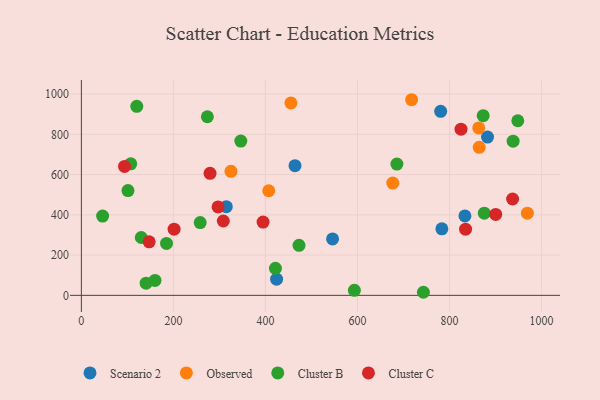
{"axis": {"x": "Investment", "y": "Rating"}, "legend": ["Cluster B", "Cluster C", "Observed", "Scenario 2"], "data": [{"x": "464.2", "y": 644.4, "type": "Scenario 2"}, {"x": "314.9", "y": 440.5, "type": "Scenario 2"}, {"x": "783.3", "y": 330.4, "type": "Scenario 2"}, {"x": "882.5", "y": 786.4, "type": "Scenario 2"}, {"x": "833.4", "y": 394.8, "type": "Scenario 2"}, {"x": "424.2", "y": 80.2, "type": "Scenario 2"}, {"x": "545.8", "y": 280.3, "type": "Scenario 2"}, {"x": "780.7", "y": 914.0, "type": "Scenario 2"}, {"x": "407.1", "y": 519.7, "type": "Observed"}, {"x": "676.6", "y": 557.8, "type": "Observed"}, {"x": "325.0", "y": 615.9, "type": "Observed"}, {"x": "455.3", "y": 956.0, "type": "Observed"}, {"x": "717.6", "y": 971.8, "type": "Observed"}, {"x": "864.4", "y": 735.5, "type": "Observed"}, {"x": "969.1", "y": 408.3, "type": "Observed"}, {"x": "863.4", "y": 831.7, "type": "Observed"}, {"x": "140.7", "y": 60.4, "type": "Cluster B"}, {"x": "743.2", "y": 15.3, "type": "Cluster B"}, {"x": "938.1", "y": 765.9, "type": "Cluster B"}, {"x": "160.0", "y": 74.3, "type": "Cluster B"}, {"x": "873.1", "y": 892.7, "type": "Cluster B"}, {"x": "185.0", "y": 257.9, "type": "Cluster B"}, {"x": "421.7", "y": 134.3, "type": "Cluster B"}, {"x": "120.4", "y": 938.9, "type": "Cluster B"}, {"x": "685.6", "y": 652.1, "type": "Cluster B"}, {"x": "472.9", "y": 248.3, "type": "Cluster B"}, {"x": "258.2", "y": 361.7, "type": "Cluster B"}, {"x": "593.2", "y": 25.2, "type": "Cluster B"}, {"x": "875.5", "y": 408.4, "type": "Cluster B"}, {"x": "948.3", "y": 867.4, "type": "Cluster B"}, {"x": "101.3", "y": 520.3, "type": "Cluster B"}, {"x": "346.5", "y": 766.5, "type": "Cluster B"}, {"x": "107.3", "y": 653.6, "type": "Cluster B"}, {"x": "273.8", "y": 887.2, "type": "Cluster B"}, {"x": "130.1", "y": 287.4, "type": "Cluster B"}, {"x": "46.2", "y": 394.0, "type": "Cluster B"}, {"x": "201.5", "y": 329.0, "type": "Cluster C"}, {"x": "937.0", "y": 478.7, "type": "Cluster C"}, {"x": "824.9", "y": 825.7, "type": "Cluster C"}, {"x": "308.4", "y": 369.4, "type": "Cluster C"}, {"x": "147.3", "y": 265.7, "type": "Cluster C"}, {"x": "900.3", "y": 402.2, "type": "Cluster C"}, {"x": "297.0", "y": 439.5, "type": "Cluster C"}, {"x": "394.8", "y": 363.8, "type": "Cluster C"}, {"x": "93.8", "y": 640.4, "type": "Cluster C"}, {"x": "834.8", "y": 328.9, "type": "Cluster C"}, {"x": "279.6", "y": 606.4, "type": "Cluster C"}]}